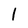
Character: 1